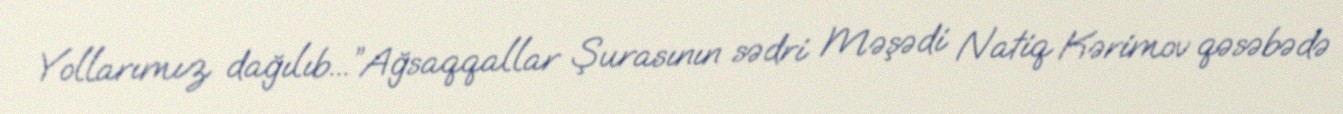
Yollarımız dağılıb...”Ağsaqqallar Şurasının sədri Məşədi Natiq Kərimov qəsəbədə